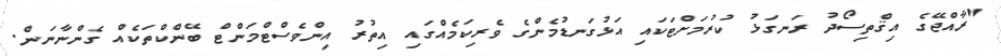
"ރާއްޖޭގެ އިޤްތިސޯދު ރަނގަޅު ކުރުމަށްޓަކައި އަޅުގަނޑުމެންގެ ވެރިކަމެއްގައި އިތުރު އިންވެސްޓްމަންޓް ބޭންކްތަކެއް ގެންނާނަން.